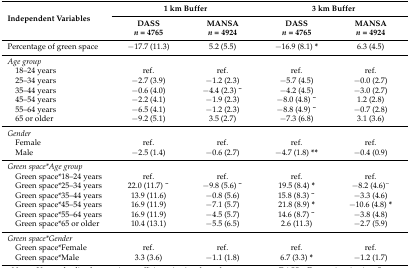
<table><thead><tr><td rowspan="2"><b>Independent Variables</b></td><td colspan="2"><b>1 km Buffer</b></td><td colspan="2"><b>3 km Buffer</b></td></tr><tr><td><b>DASS<i>n</i> = 4765</b></td><td><b>MANSA<i>n</i> = 4924</b></td><td><b>DASS<i>n</i> = 4765</b></td><td><b>MANSA<i>n</i> = 4924</b></td></tr></thead><tbody><tr><td>Percentage of green space</td><td>−17.7 (11.3)</td><td>5.2 (5.5)</td><td>−16.9 (8.1) <b>*</b></td><td>6.3 (4.5)</td></tr><tr><td><i>Age group</i></td><td></td><td></td><td></td><td></td></tr><tr><td> 18–24 years</td><td>ref.</td><td>ref.</td><td>ref.</td><td>ref.</td></tr><tr><td> 25–34 years</td><td>−2.7 (3.9)</td><td>−1.2 (2.3)</td><td>−5.7 (4.5)</td><td>−0.0 (2.7)</td></tr><tr><td> 35–44 years</td><td>−0.6 (4.0)</td><td>−4.4 (2.3) <b><sup>~</sup></b></td><td>−4.2 (4.5)</td><td>−3.0 (2.7)</td></tr><tr><td> 45–54 years</td><td>−2.2 (4.1)</td><td>−1.9 (2.3)</td><td>−8.0 (4.8) <b><sup>~</sup></b></td><td>1.2 (2.8)</td></tr><tr><td> 55–64 years</td><td>−6.5 (4.1)</td><td>−1.2 (2.3)</td><td>−8.8 (4.9) <b><sup>~</sup></b></td><td>−0.7 (2.8)</td></tr><tr><td> 65 or older</td><td>−9.2 (5.1)</td><td>3.5 (2.7)</td><td>−7.3 (6.8)</td><td>3.1 (3.6)</td></tr><tr><td><i>Gender</i></td><td></td><td></td><td></td><td></td></tr><tr><td> Female</td><td>ref.</td><td>ref.</td><td>ref.</td><td>ref.</td></tr><tr><td> Male</td><td>−2.5 (1.4)</td><td>−0.6 (2.7)</td><td>−4.7 (1.8) <b>**</b></td><td>−0.4 (0.9)</td></tr><tr><td><i>Green space*Age group</i></td><td></td><td></td><td></td><td></td></tr><tr><td> Green space*18–24 years</td><td>ref.</td><td>ref.</td><td>ref.</td><td>ref.</td></tr><tr><td> Green space*25–34 years</td><td>22.0 (11.7) <b><sup>~</sup></b></td><td>−9.8 (5.6) <b><sup>~</sup></b></td><td>19.5 (8.4) <b>*</b></td><td>−8.2 (4.6)<sup>~</sup></td></tr><tr><td> Green space*35–44 years</td><td>13.9 (11.6)</td><td>−0.8 (5.6)</td><td>15.8 (8.3) <b><sup>~</sup></b></td><td>−3.3 (4.6)</td></tr><tr><td> Green space*45–54 years</td><td>16.9 (11.9)</td><td>−7.1 (5.7)</td><td>21.8 (8.9) <b>*</b></td><td>−10.6 (4.8) <b>*</b></td></tr><tr><td> Green space*55–64 years</td><td>16.9 (11.9)</td><td>−4.5 (5.7)</td><td>14.6 (8.7) <b><sup>~</sup></b></td><td>−3.8 (4.8)</td></tr><tr><td> Green space*65 or older</td><td>10.4 (13.1)</td><td>−5.5 (6.5)</td><td>2.6 (11.3)</td><td>−2.7 (5.9)</td></tr><tr><td><i>Green space*Gender</i></td><td></td><td></td><td></td><td></td></tr><tr><td> Green space*Female</td><td>ref.</td><td>ref.</td><td>ref.</td><td>ref.</td></tr><tr><td> Green space*Male</td><td>3.3 (3.6)</td><td>−1.1 (1.8)</td><td>6.7 (3.3) <b>*</b></td><td>−1.2 (1.7)</td></tr></tbody></table>